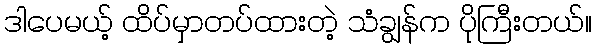
ဒါပေမယ့် ထိပ်မှာတပ်ထားတဲ့ သံချွန်က ပိုကြီးတယ်။